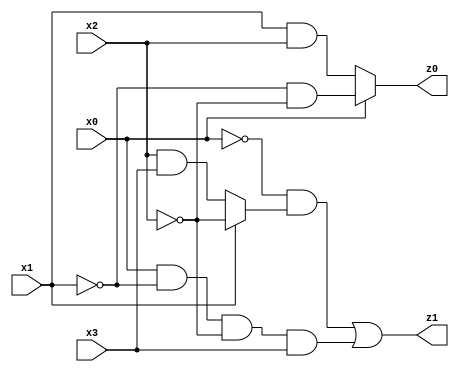
// Benchmark "quot" written by ABC on Mon Jul 10 14:02:13 2023

module quot ( 
    x0, x1, x2, x3,
    z0, z1  );
  input  x0, x1, x2, x3;
  output z0, z1;
  assign z0 = x0 ? (~x1 & ~x2) : (x1 & x2);
  assign z1 = (~x0 & (x1 ? ~x2 : (x2 & x3))) | (x0 & ~x1 & ~x2 & x3);
endmodule